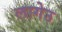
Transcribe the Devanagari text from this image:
लागेउ